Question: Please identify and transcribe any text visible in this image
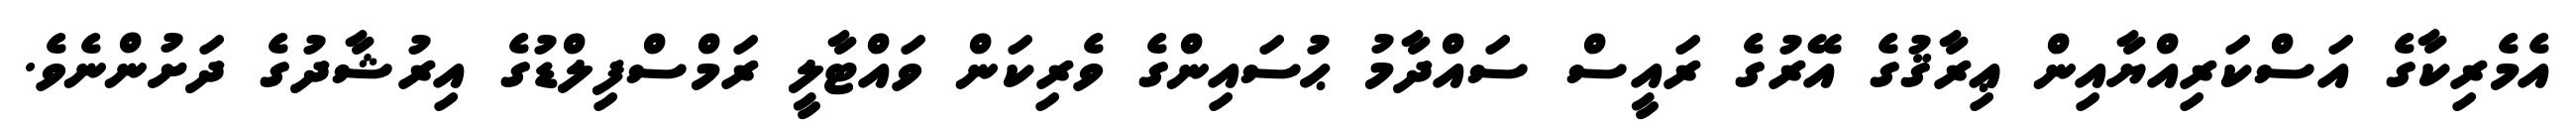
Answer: އެމެރިކާގެ އަސްކަރިއްޔާއިން ޢިރާޤުގެ އޭރުގެ ރައީސް ސައްދާމު ޙުސައިންގެ ވެރިކަން ވައްޓާލީ ރަމްސްފިލްޑުގެ އިރުޝާދުގެ ދަށުންނެވެ.